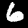
Label: 6